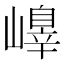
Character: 𡽁